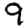
Digit: 9